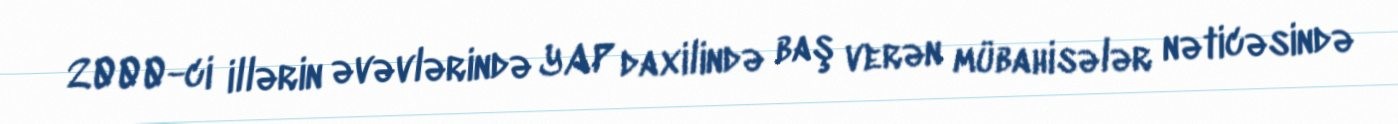
2000-ci illərin əvəvlərində YAP daxilində baş verən mübahisələr nəticəsində